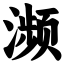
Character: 濒